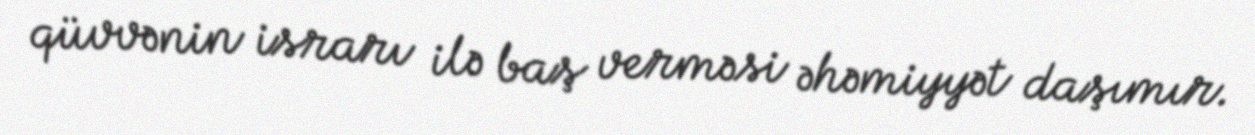
qüvvənin israrı ilə baş verməsi əhəmiyyət daşımır.